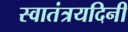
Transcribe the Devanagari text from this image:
स्वातंत्रयदिनी